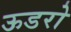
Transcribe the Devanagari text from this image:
ऊडरो